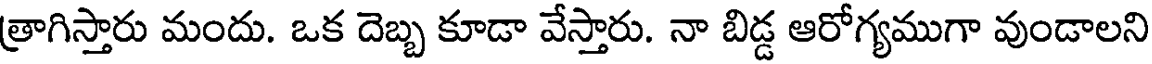
త్రాగిస్తారు మందు. ఒక దెబ్బ కూడా వేస్తారు. నా బిడ్డ ఆరోగ్యముగా వుండాలని